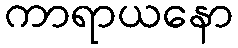
ကာရာယနော